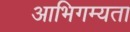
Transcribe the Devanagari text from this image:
आभिगम्यता